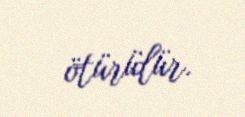
ötürülür.